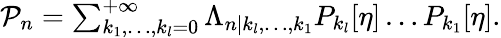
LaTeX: \begin{array}{r}{\mathcal{P}_{n}=\sum_{k_{1},\ldots,k_{l}=0}^{+\infty}\Lambda_{n|k_{l},\ldots,k_{1}}P_{k_{l}}[\eta]\ldots P_{k_{1}}[\eta].}\end{array}